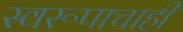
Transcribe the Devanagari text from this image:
स्वरूपाचाही